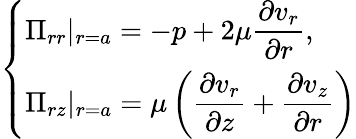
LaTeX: \left\{ \begin{array}{ll}{\displaystyle\Pi_{rr}|_{r=a}=-p+2\mu\frac{\partial v_{r}}{\partial r},}\\ {\displaystyle\Pi_{rz}|_{r=a}=\mu\left(\frac{\partial v_{r}}{\partial z}+\frac{\partial v_{z}}{\partial r}\right)}\end{array}\right.